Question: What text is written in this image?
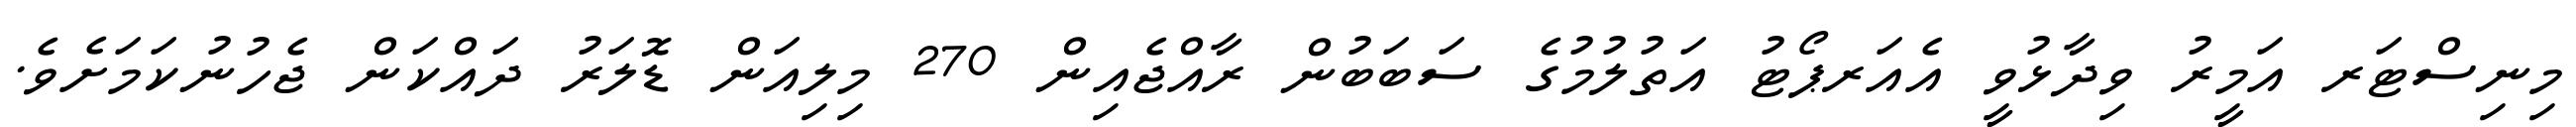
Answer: މިނިސްޓަރ އަމީރު ވިދާޅުވީ އެއަރޕޯޓު އަތުލުމުގެ ސަބަބުން ރާއްޖެއިން 270 މިލިއަން ޑޮލަރު ދައްކަން ޖެހުނުކަމަށެވެ.